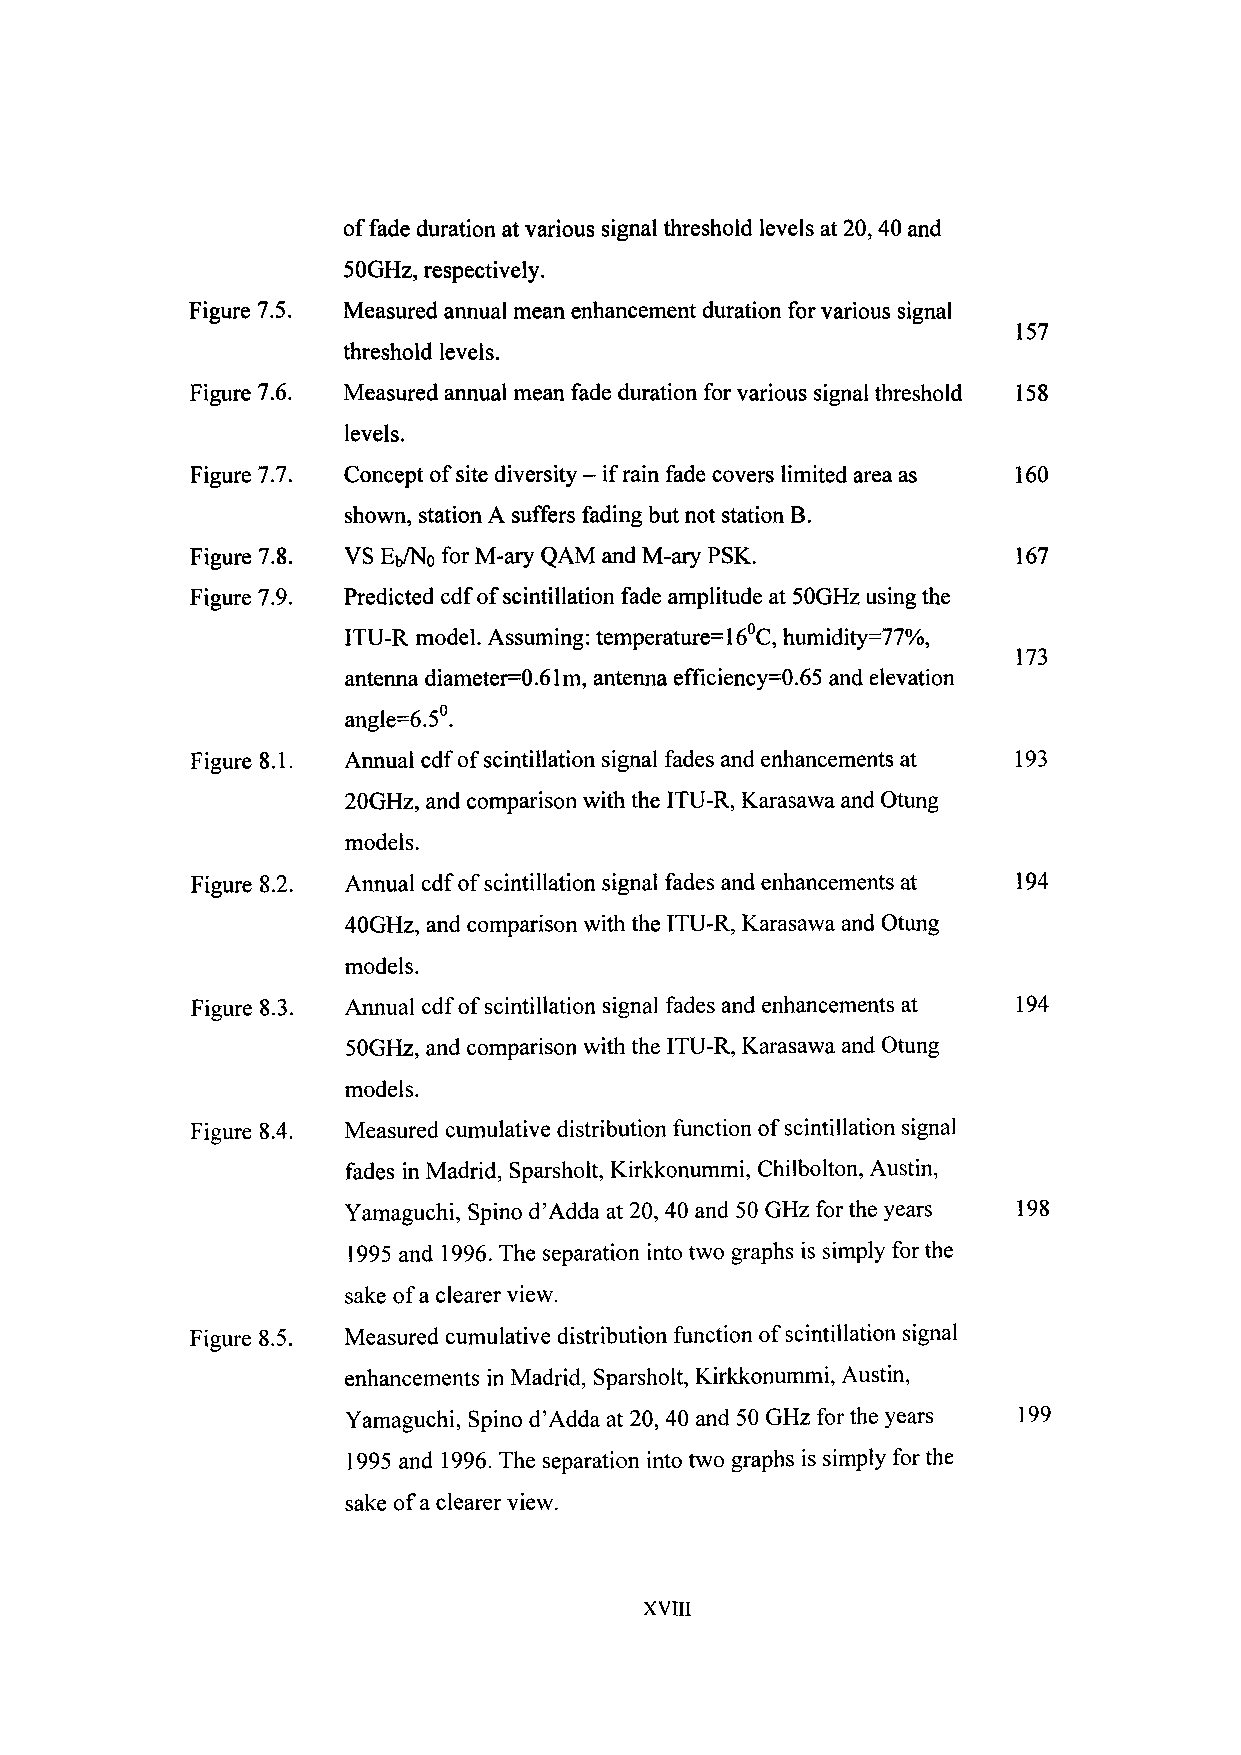
of fade duration at various signal threshold levels at 20,40 and
 SOGHz, respectively.
 Figure 7.5. Measured annual mean enhancement duration for various signal
 157
 threshold levels.
 Figure 7.6. Measured annual mean fade duration for various signal threshold 158
 levels.
 Figure 7.7. Concept of site diversity - if rain fade covers limited area as 160
 shown, station A suffers fading but not station B.
 Figure 7.8. VS Eb/N0 for M-ary QAM and M-ary PSK.     167
 Figure 7.9. Predicted cdf of scintillation fade amplitude at 50GHz using the
 ITU-R model. Assuming: temperature=16°C, humidity=77%,
 173
 antenna diameter=0.61m, antenna efficiency=0.65 and elevation
 angle=6.5°.
 Figure 8.1. Annual cdf of scintillation signal fades and enhancements at 193
 20GHz, and comparison with the ITU-R, Karasawa and Otung
 models.
 Figure 8.2. Annual cdf of scintillation signal fades and enhancements at 194
 40GHz, and comparison with the ITU-R, Karasawa and Otung
 models.
 Figure 8.3. Annual cdf of scintillation signal fades and enhancements at 194
 SOGHz, and comparison with the ITU-R, Karasawa and Otung
 models.
 Figure 8.4. Measured cumulative distribution function of scintillation signal
 fades in Madrid, Sparsholt, Kirkkonummi, Chilbolton, Austin,
 Yamaguchi, Spino d'Adda at 20, 40 and 50 GHz for the years 198
 1995 and 1996. The separation into two graphs is simply for the
 sake of a clearer view.
 Figure 8.5. Measured cumulative distribution function of scintillation signal
 enhancements in Madrid, Sparsholt, Kirkkonummi, Austin,
 Yamaguchi, Spino d'Adda at 20, 40 and 50 GHz for the years 199
 1995 and 1996. The separation into two graphs is simply for the
 sake of a clearer view.
 XVIII